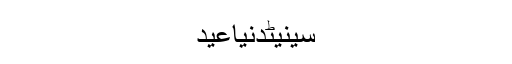
سینیٹدنیاعید